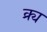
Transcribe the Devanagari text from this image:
क्र्य